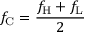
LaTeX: f _ { \mathrm { C } } = { \frac { f _ { \mathrm { H } } + f _ { \mathrm { L } } } { 2 } }